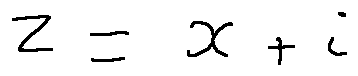
z = x + i